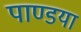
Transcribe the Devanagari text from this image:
पाण्डया